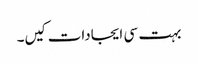
بہت سی ایجادات کیں۔